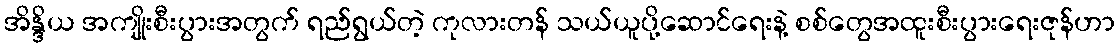
အိန္ဒိယ အကျိုးစီးပွားအတွက် ရည်ရွယ်တဲ့ ကုလားတန် သယ်ယူပို့ဆောင်ရေးနဲ့ စစ်တွေအထူးစီးပွားရေးဇုန်ဟာ